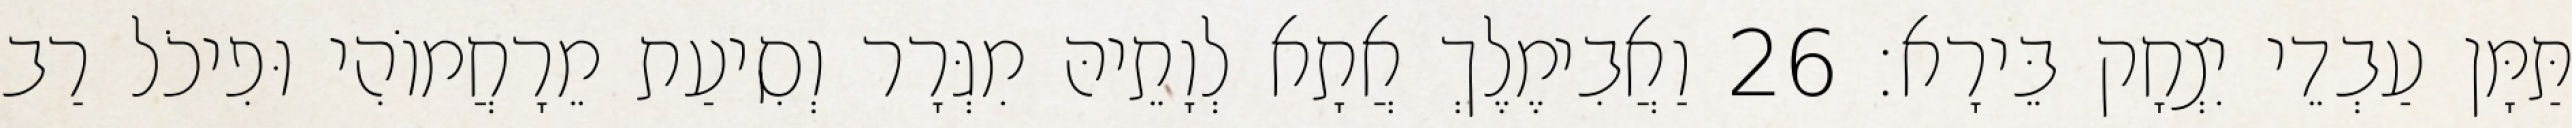
תַּמָּן עַבְדֵי יִצְחָק בֵּירָא׃ 26 וַאֲבִימֶלֶךְ אֲתָא לְוָתֵיהּ מִגְּרָר וְסִיעַת מֵרָחֲמוֹהִי וּפִיכֹל רַב